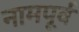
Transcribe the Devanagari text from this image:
नामपूर्व